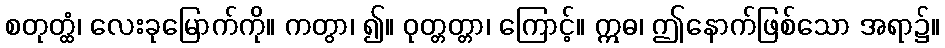
စတုတ္ထံ၊ လေးခုမြောက်ကို။ ကတွာ၊ ၍။ ဝုတ္တတ္တာ၊ ကြောင့်။ ဣဓ၊ ဤနောက်ဖြစ်သော အရာ၌။